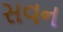
સવન